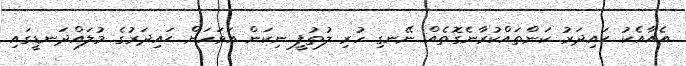
އެއާއެކު ޙައިދަރު ކަންތައްކުރާނެގޮތެއް ނޭނގި ހުރި ލުތުފީ ނިކަން އަވަހަށް ޙައިދަރުގެ މުލައްދަނޑީގައި